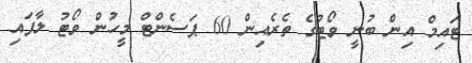
ޓައިމް އިން ބުނީ ވޯޓުގެ ތެރެއިން 60 ޕަސެންޓް މީހުން ވޯޓު ލާފައި